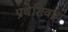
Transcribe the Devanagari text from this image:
प्रथेशिवाय